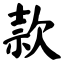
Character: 款